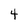
Character: 4